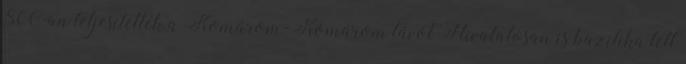
800-an teljesítették a Komárom-Komárom távot Hivatalosan is bazilika lett